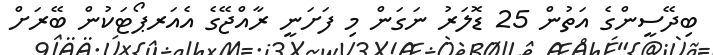
ބިދޭސީންގެ އަތުން 25 ޑޮލަރު ނަގަން މި ފަށަނީ ރާއްޖޭގެ އެއަރޕޯޓަކުން ބޭރަށް